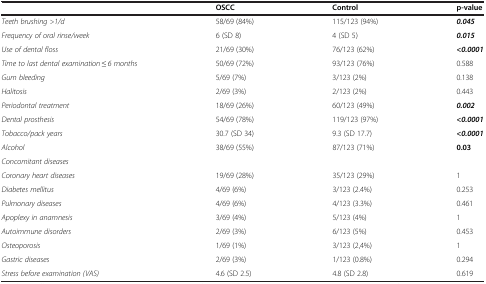
<table><thead><tr><td><b> </b></td><td><b>OSCC</b></td><td><b>Control</b></td><td><b>p-value</b></td></tr></thead><tbody><tr><td><i>Teeth brushing &gt;1/d</i></td><td>58/69 (84%)</td><td>115/123 (94%)</td><td><b><i>0.045</i></b></td></tr><tr><td><i>Frequency of oral rinse/week</i></td><td>6 (SD 8)</td><td>4 (SD 5)</td><td><b><i>0.015</i></b></td></tr><tr><td><i>Use of dental floss</i></td><td>21/69 (30%)</td><td>76/123 (62%)</td><td><b><i>&lt;0.0001</i></b></td></tr><tr><td><i>Time to last dental examination ≤ 6 months</i></td><td>50/69 (72%)</td><td>93/123 (76%)</td><td>0.588</td></tr><tr><td><i>Gum bleeding</i></td><td>5/69 (7%)</td><td>3/123 (2%)</td><td>0.138</td></tr><tr><td><i>Halitosis</i></td><td>2/69 (3%)</td><td>2/123 (2%)</td><td>0.443</td></tr><tr><td><i>Periodontal treatment</i></td><td>18/69 (26%)</td><td>60/123 (49%)</td><td><b><i>0.002</i></b></td></tr><tr><td><i>Dental prosthesis</i></td><td>54/69 (78%)</td><td>119/123 (97%)</td><td><b><i>&lt;0.0001</i></b></td></tr><tr><td><i>Tobacco/pack years</i></td><td>30.7 (SD 34)</td><td>9.3 (SD 17.7)</td><td><b><i>&lt;0.0001</i></b></td></tr><tr><td><i>Alcohol</i></td><td>38/69 (55%)</td><td>87/123 (71%)</td><td><b>0.03</b></td></tr><tr><td><i>Concomitant diseases</i></td><td> </td><td> </td><td> </td></tr><tr><td><i>Coronary heart diseases</i></td><td>19/69 (28%)</td><td>35/123 (29%)</td><td>1</td></tr><tr><td><i>Diabetes mellitus</i></td><td>4/69 (6%)</td><td>3/123 (2.4%)</td><td>0.253</td></tr><tr><td><i>Pulmonary diseases</i></td><td>4/69 (6%)</td><td>4/123 (3.3%)</td><td>0.461</td></tr><tr><td><i>Apoplexy in anamnesis</i></td><td>3/69 (4%)</td><td>5/123 (4%)</td><td>1</td></tr><tr><td><i>Autoimmune disorders</i></td><td>2/69 (3%)</td><td>6/123 (5%)</td><td>0.453</td></tr><tr><td><i>Osteoporosis</i></td><td>1/69 (1%)</td><td>3/123 (2,4%)</td><td>1</td></tr><tr><td><i>Gastric diseases</i></td><td>2/69 (3%)</td><td>1/123 (0.8%)</td><td>0.294</td></tr><tr><td><i>Stress before examination (VAS)</i></td><td>4.6 (SD 2.5)</td><td>4.8 (SD 2.8)</td><td>0.619</td></tr></tbody></table>